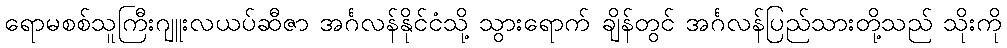
ရောမစစ်သူကြီးဂျူးလယပ်ဆီဇာ အင်္ဂလန်နိုင်ငံသို့ သွားရောက် ချိန်တွင် အင်္ဂလန်ပြည်သားတို့သည် သိုးကို